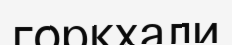
горкхали